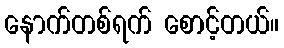
နောက်တစ်ရက် စောင့်တယ်။